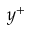
y ^ { + }